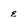
Character: e